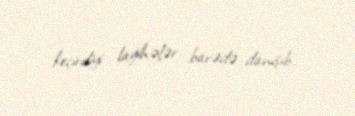
keçirdiyi layihələr barədə danışıb.